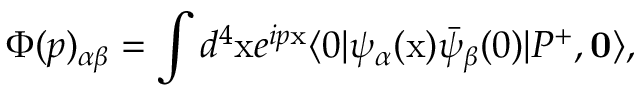
\Phi ( p ) _ { \alpha \beta } = \int d ^ { 4 } \mathrm { x } e ^ { i p \mathrm { x } } \langle 0 | \psi _ { \alpha } ( \mathrm { x } ) \bar { \psi } _ { \beta } ( 0 ) | P ^ { + } , { \bf 0 } \rangle ,